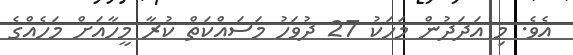
އެވެ. މި އަދަދުން މަހަކު 27 ދުވަހު މަސައްކަތް ކުރާ މީހާއަށް މަހެއްގެ